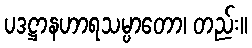
ပဒဋ္ဌာနဟာရသမ္ပာတော၊ တည်း။